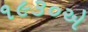
૧૯૩૦એ